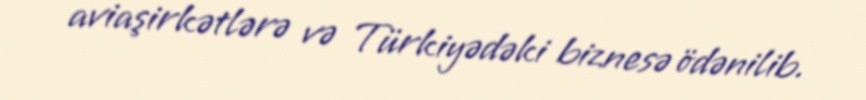
aviaşirkətlərə və Türkiyədəki biznesə ödənilib.